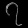
Digit: ၇